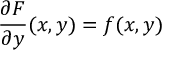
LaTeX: { \frac { \partial F } { \partial y } } ( x , y ) = f ( x , y )